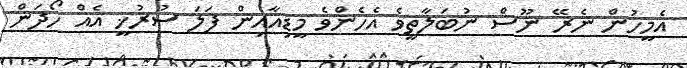
އެމީހުން ނެރޭ ނޫސް ނުބަލާތީވެ އެހެންވެ މީޑިއާއިން ފަލަ ސުރުޚީ އެއް ހޯދަން